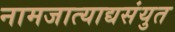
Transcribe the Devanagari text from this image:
नामजात्याद्यसंयुत